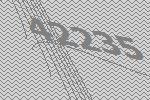
42235